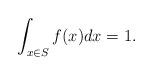
LaTeX: \begin{align*}\int_{x \in S} f(x) dx = 1.\end{align*}